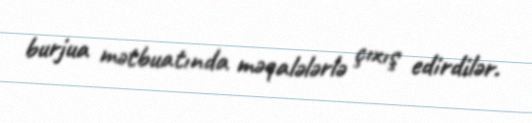
burjua mətbuatında məqalələrlə çıxış edirdilər.